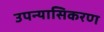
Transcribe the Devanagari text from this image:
उपन्यासिकरण